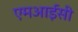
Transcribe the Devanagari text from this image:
एमआईसी